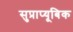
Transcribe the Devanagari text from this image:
सुप्राप्यूबिक